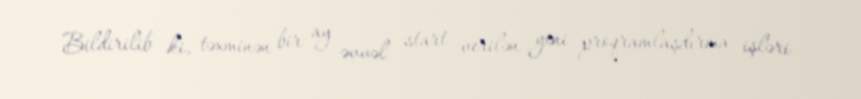
Bildirilib ki, təxminən bir ay əvvəl start verilən yeni proqramlaşdırma işləri